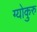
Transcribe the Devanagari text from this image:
ग्योकुरु